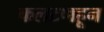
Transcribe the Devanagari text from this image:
फलटणहून